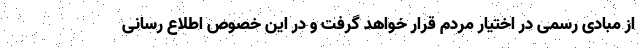
از مبادی رسمی در اختیار مردم قرار خواهد گرفت و در این خصوص اطلاع رسانی